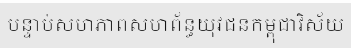
បន្ទាប់សហភាពសហព័ន្ធយុវជនកម្ពុជាវិស័យ